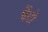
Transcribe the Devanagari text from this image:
वेंटो